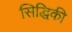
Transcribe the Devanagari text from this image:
सिद्धिकी